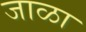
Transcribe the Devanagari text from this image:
जाळा